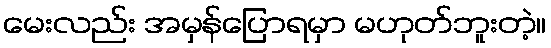
မေးလည်း အမှန်ပြောရမှာ မဟုတ်ဘူးတဲ့။